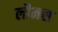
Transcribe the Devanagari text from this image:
लौमस